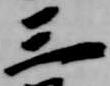
三